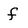
Character: f